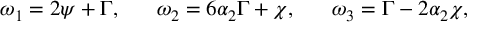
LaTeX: \omega _ { 1 } = 2 \psi + \Gamma , ~ ~ ~ ~ ~ \omega _ { 2 } = 6 \alpha _ { 2 } \Gamma + \chi , ~ ~ ~ ~ ~ \omega _ { 3 } = \Gamma - 2 \alpha _ { 2 } \chi ,